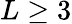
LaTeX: L\geq 3